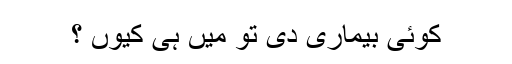
کوئی بیماری دی تو میں ہی کیوں ؟